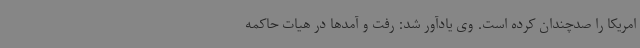
امریکا را صدچندان کرده است. وی یادآور شد: رفت و آمدها در هیات حاکمه